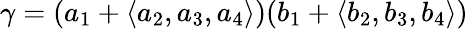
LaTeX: \gamma=(a_{1}+\langle a_{2},a_{3},a_{4}\rangle)(b_{1}+\langle b_{2},b_{3},b_{4}\rangle)